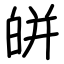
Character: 皏